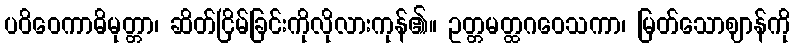
ပဝိဝေကာဓိမုတ္တာ၊ ဆိတ်ငြိမ်ခြင်းကိုလိုလားကုန်၏။ ဥတ္တမတ္ထဂဝေသကာ၊ မြတ်သောဈာန်ကို